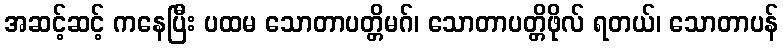
အဆင့်ဆင့် ကနေပြီး ပထမ သောတာပတ္တိမဂ်၊ သောတာပတ္တိဖိုလ် ရတယ်၊ သောတာပန်